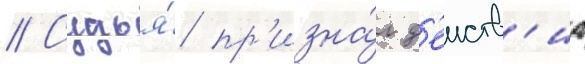
// Судья́ пр'изна́л д'еиств'иа